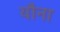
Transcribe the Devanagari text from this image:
यौना